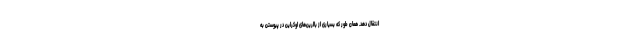
انتقال دهد. همان طور که بسیاری از بالرین‌های اوکراین در پیوستن به